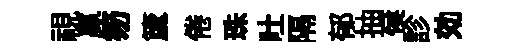
視贏笏𥵂倦珠吐隔郁抽侯診効